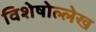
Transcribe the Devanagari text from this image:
विशेषोल्लेख